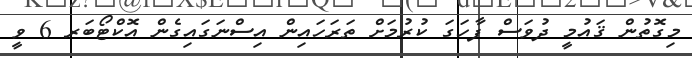
މިގޮތުން ޤައުމީ ދުވަސް ފާހަގަ ކުރުމަށް ތަރަހައިން އިސްނަގައިގެން އޮކްޓޯބަރ 6 ވީ